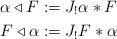
LaTeX: \begin{align*}\alpha \triangleleft F := J_!\alpha * F \\F \triangleleft \alpha := J_!F * \alpha\end{align*}